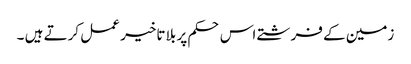
زمین کے فرشتے اس حکم پر بلا تاخیر عمل کرتے ہیں ۔